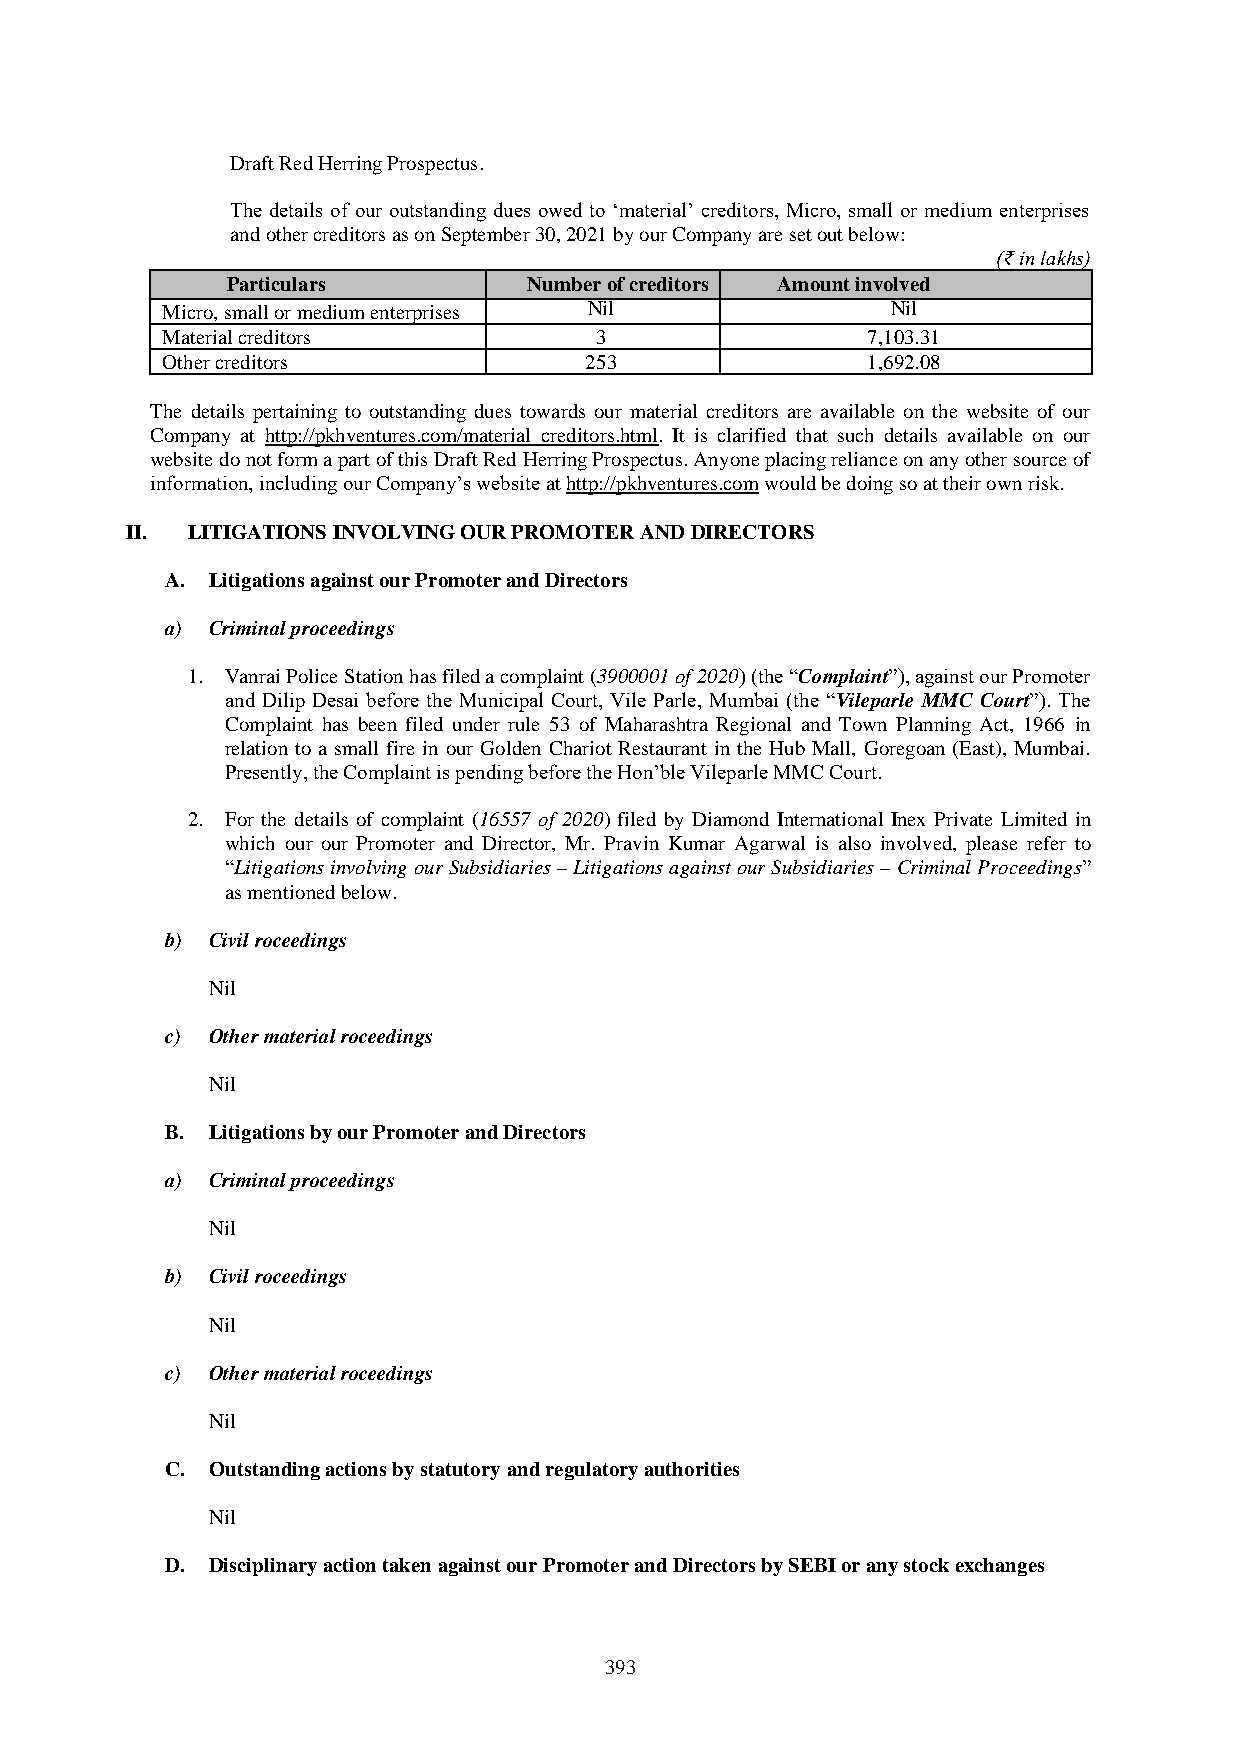
Draft Red Herring Prospectus.
 The details of our outstanding dues owed to ‘material’ creditors, Micro, small or medium enterprises
 and other creditors as on September 30, 2021 by our Company are set out below:
 (₹ in lakhs)
 Particulars         Number of creditors Amount involved
 Micro, small or medium enterprises Nil          Nil
 Material creditors          3                 7,103.31
 Other creditors             253               1,692.08
 The details pertaining to outstanding dues towards our material creditors are available on the website of our
 Company at http://pkhventures.com/material_creditors.html. It is clarified that such details available on our
 website do not form a part of this Draft Red Herring Prospectus. Anyone placing reliance on any other source of
 information, including our Company’s website at http://pkhventures.com would be doing so at their own risk.
 II. LITIGATIONS INVOLVING OUR PROMOTER AND DIRECTORS
 A. Litigations against our Promoter and Directors
 a) Criminal proceedings
 1. Vanrai Police Station has filed a complaint (3900001 of 2020) (the “Complaint”), against our Promoter
 and Dilip Desai before the Municipal Court, Vile Parle, Mumbai (the “Vileparle MMC Court”). The
 Complaint has been filed under rule 53 of Maharashtra Regional and Town Planning Act, 1966 in
 relation to a small fire in our Golden Chariot Restaurant in the Hub Mall, Goregoan (East), Mumbai.
 Presently, the Complaint is pending before the Hon’ble Vileparle MMC Court.
 2. For the details of complaint (16557 of 2020) filed by Diamond International Inex Private Limited in
 which our our Promoter and Director, Mr. Pravin Kumar Agarwal is also involved, please refer to
 “Litigations involving our Subsidiaries – Litigations against our Subsidiaries – Criminal Proceedings”
 as mentioned below.
 b) Civil roceedings
 Nil
 c) Other material roceedings
 Nil
 B. Litigations by our Promoter and Directors
 a) Criminal proceedings
 Nil
 b) Civil roceedings
 Nil
 c) Other material roceedings
 Nil
 C. Outstanding actions by statutory and regulatory authorities
 Nil
 D. Disciplinary action taken against our Promoter and Directors by SEBI or any stock exchanges
 393